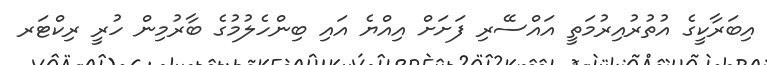
އިބަރާކީގެ އުތުރުއިރުމަތީ އައްސޭރި ފަށަށް އިއްޔެ އައި ބިންހެލުމުގެ ބާރުމިން ހުރީ ރިކްޓަރ